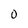
Character: O